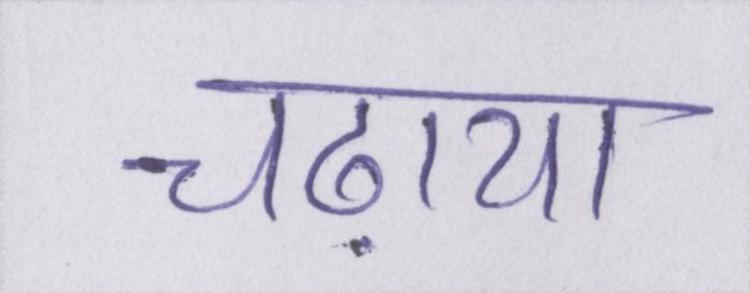
चढ़ाया